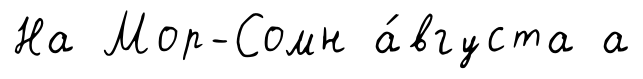
На Мор-Сомн а́вгуста а